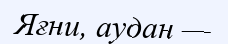
Яғни, аудан —